Bréfritari: Ragnheiður Daníelsdóttir
Viðtakandi: Daníel Halldórsson
Dagsetning: A-1891-08-28
Skrifað á: Skeggjastöðum  N-Múl. ?
Ragnheiður var dóttir Daníels

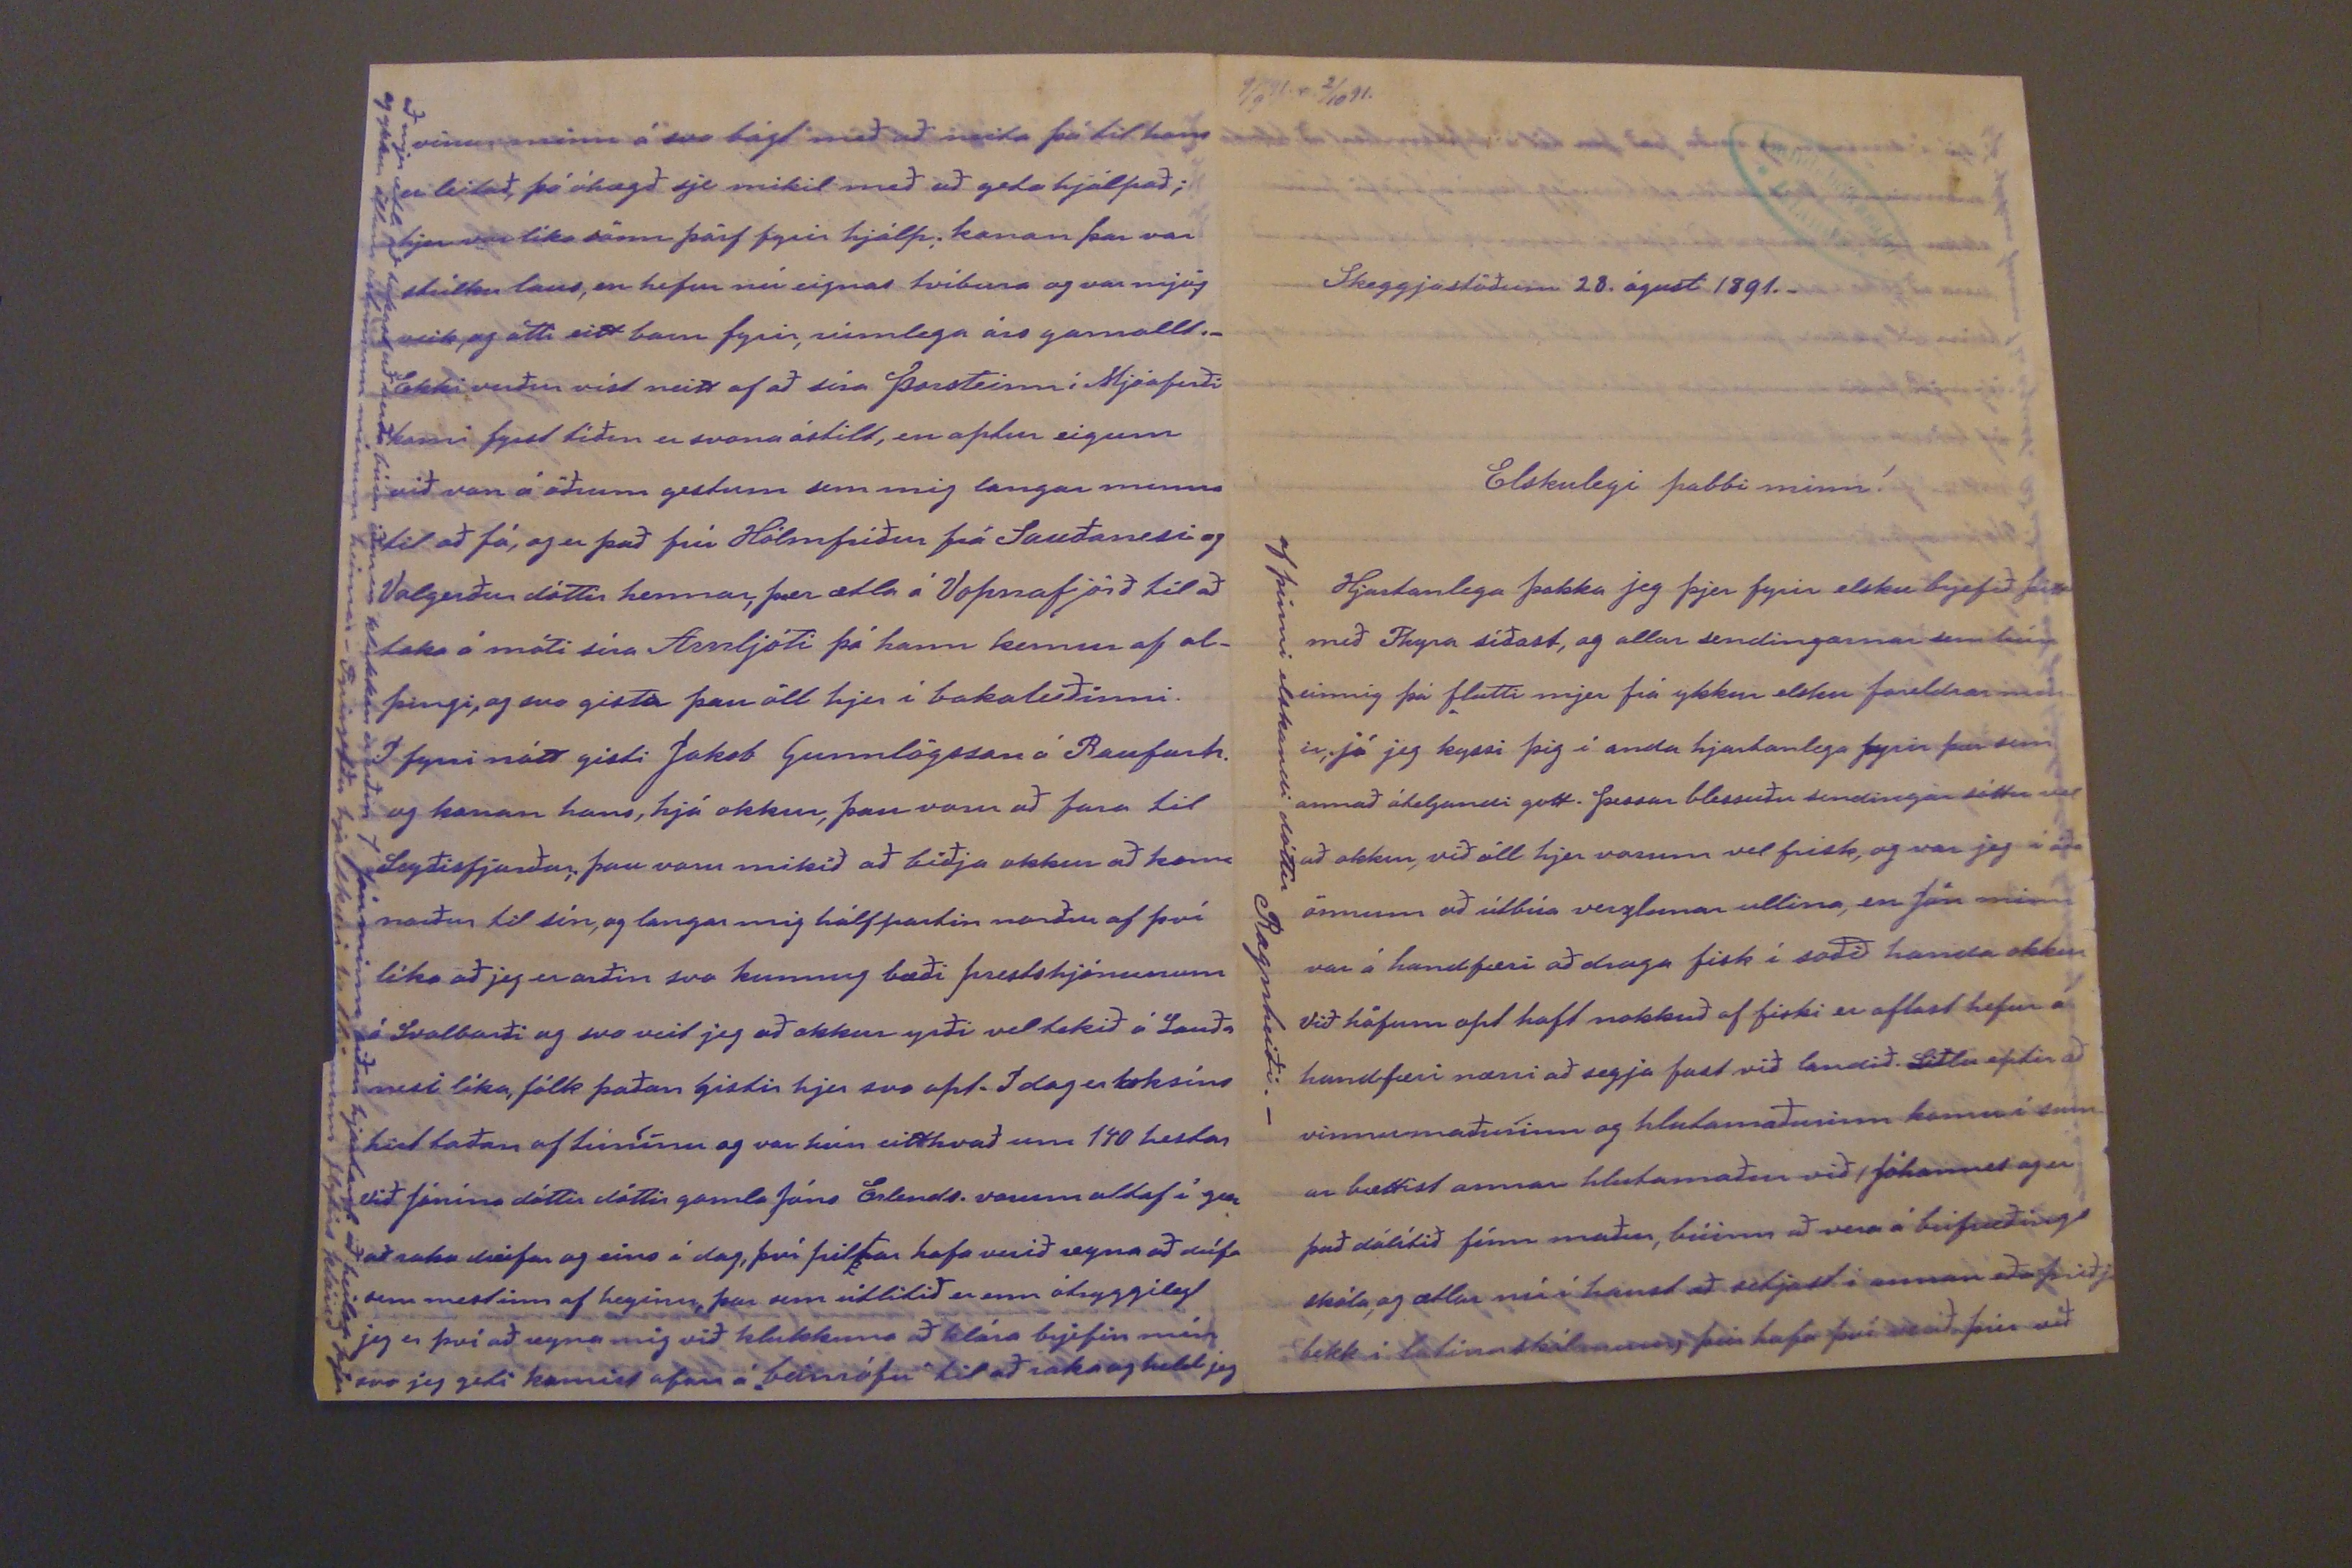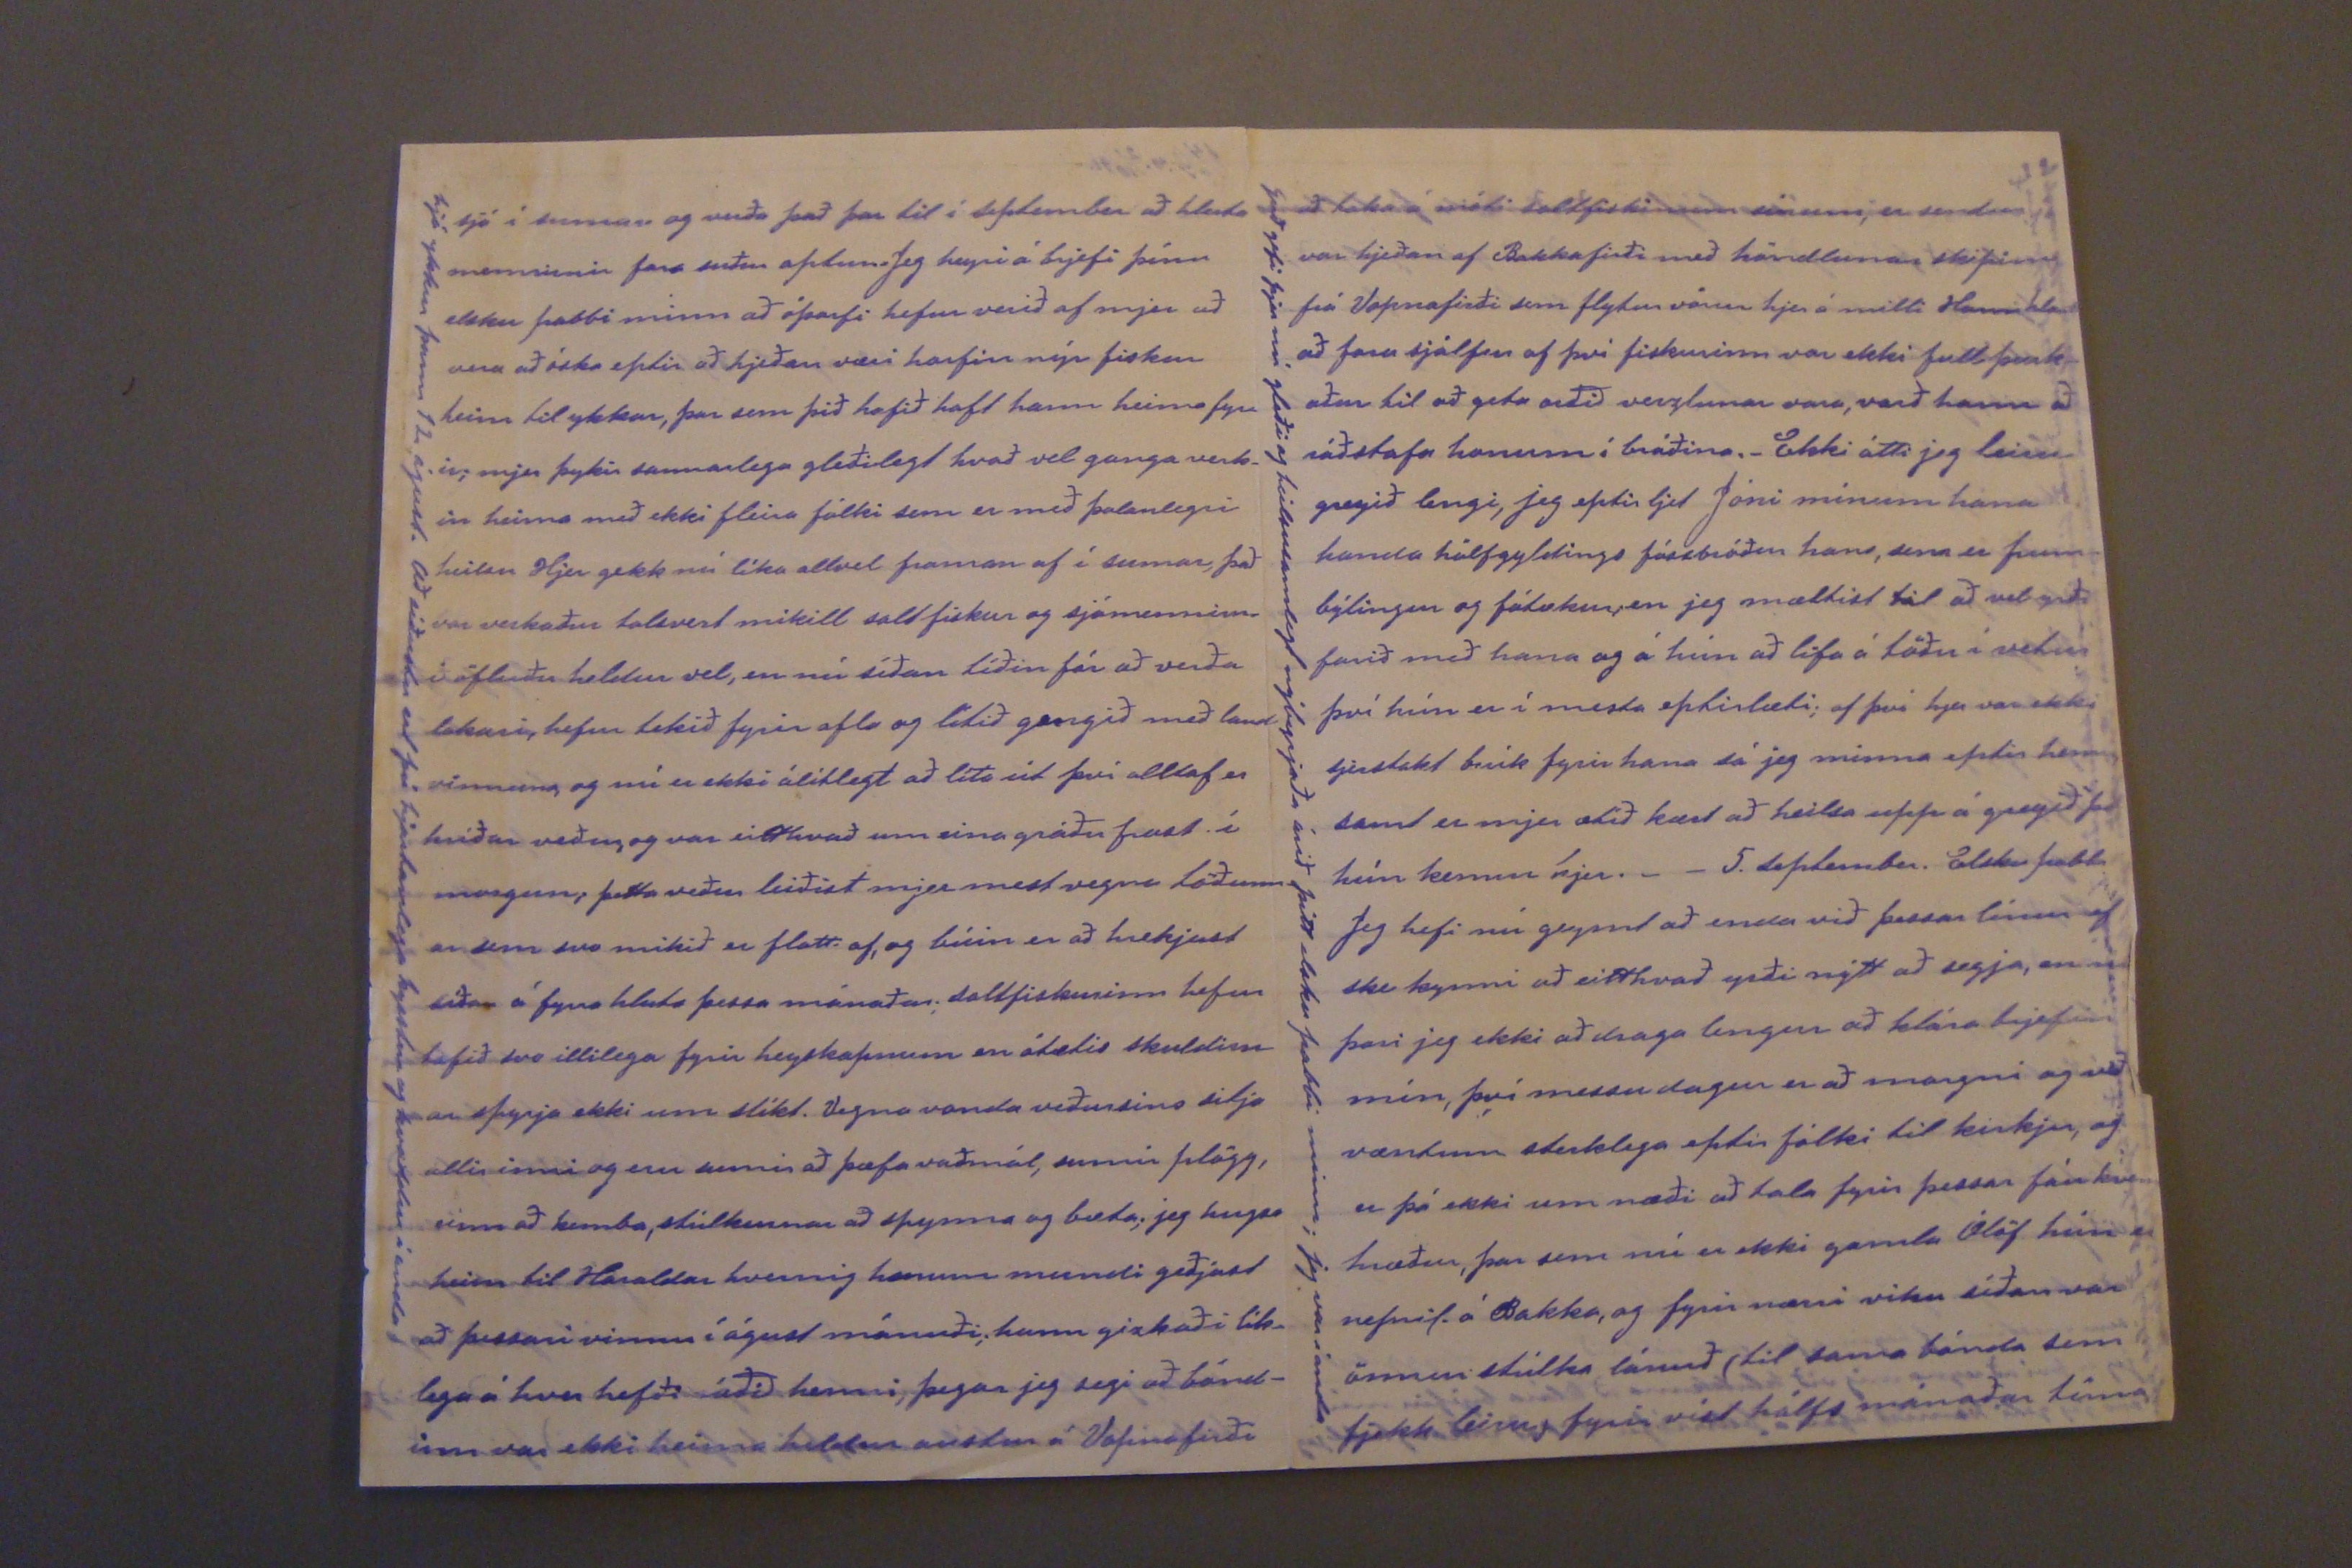

9/9 91. s. 2/10 91.
Skeggjastöðum 28. águst 1891._
Elskulegi pabbi minn!
Hjartanlega þakka jeg þjer fyrir elsku brjefið þitt með Thyru síðast, og allar sendingarnar sem hún einnig þá flutti mjer frá ykkur elsku foreldrar mín ir; já jeg kyssi þig í anda hjartanlega fyrir þær sem annað áteljandi gott. Þessar blessuðu sendingar sóttu vel að okkur, við öll hjer vorum vel frisk, og var jeg í óða önnum að útbúa verzlunar ullina, en Jón minn var á handfæri að draga fisk í soðið handa okkur Við höfum opt haft nokkuð af fiski er aflast hefur á handfæri nærri að segja fast við landið.
Siðlu
eptir að vinnumaðurinn og hlutamaðurinn kemur í sum- ar bættist annar hlutamaður við, Jóhannes og er það dálítið fínn maður, búinn að vera í búfræðings skóla, og ætlar nú í haust að setjast í annan eða þirðja bekk í latínuskólanum, þeir hafa því verið þeið við
af þinni elskandi dóttir Ragnheiði._
sjó í sumar og verða það þar til í september að hluta mennirnir fara suður aptur. Jeg heyri á brjefi þínu elsku pabbi minn að óþarfi hefur verið af mjer að vera að óska eptir að hjeðan væri horfin nýr fiskur heim til ykkar, þar sem þið hafið haft hann heima fyr= ir; mjer þykir sannarlega gleðilegt hvað vel ganga verk- in heima með ekki fleira fólki sem er með þolanlegri heilsu Hjer gekk nú líka allvel framan af í sumar, það var verkaður talsvert mikill saltfiskur og sjómennirn= ir öfluðu heldur vel, en nú síðan tíðin fór að verða lakari, hefur tekið fyrir afla og lítið gengið með land vinnuna, og nú er ekki álítlegt að líta út því alltaf er hríðar veður, og var eitthvað um eina gráðu frost í morgun; þetta veður leiðist mjer mest vegna töðunn ar sem svo mikið er flatt af, og búin er að hrekjast síðan á fyrra hluta þessa mánaðar; saltfiskurinn hefur tafið svo illilega fyrir heyskapnum en ótætis skuldirn ar spyrja ekki um slíkt. Vegna vonda veðursins sitja allir inni og eru sumir að þæfa vaðmál, sumir plögg, einn að kemba, stúlkurnar að spynna og bæta; jeg hugsa heim til Haraldar hvernig honum mundi geðjast að þessari vinnu í águst mánuði; hann gizkaði lík- lega á hver hefði ráðið henni, þegar jeg segi að bónd- inn var ekki heima heldur austur á Vopnafirði
hjá ykkur þann 12. ágúst. Að síðustu ert þú hjartanlega kysstur og kvaddur í anda
að taka á móti saltfiskinum sínum, er sendur var hjeðan af Bakkafirði með höndlurnar skipinu frá Vopnafirði sem flytur vörur hjer á milli Hann hlaut að fara sjálfur af því fiskurinn var ekki full þurk_ aður til að geta orðið verzlunar vara, varð hann að ráðstafa honum í bráðina._ Ekki átti jeg
leiru-
greyið lengi, jeg eptir ljet Jóni mínum hana handa hálfgyldings fóstbróður hans, sem er frum= býlingur og fátækur; en jeg mæltist til að vel yrði farið með hana og á hún að lifa á töðu í vetur því hún er í mesta eptirlæti; af því hjer var ekki sjerstakt brúk fyrir hana sá jeg minna eptir henni, samt er mjer ætíð kært að heilsa upp á greyið þá hún kemur hjer._ _ 5. september. Elsku pabbi Jeg hefi nú gleymt að enda við þessar línur ef ske kynni að eitthvað yrði nýtt að segja, en nú þori jeg ekki að draga lengur að klára brjefin mín, því messu dagur er að morgni og við væntum sterklega eptir fólki til kirkju, og er þá ekki um næði að tala fyrir þessar fáu kven hræður, þar sem nú er ekki gamla Ólöf hún er nefnil. á Bakka, og fyrir nærri viku síðan var önnur stúlka lánuð (til sama bónda sem fjekk leiru) fyrir víst hálfs mánaðar tíma
Guð gefi þjer nú gleði og heilsusamlegt nýbyrjaða árið þitt elsku pabbi minn; jeg var í anda
vinur minn á svo bágt með að neita þá til hans er leitað, þó ánægð sje mikil með að geta hjálpað; hjer var líka sönn þörf fyrir hjálp; konan þar var stúlku laus, en hefur nú eignas tvíbura og var mjög veik, og átti eitt barn fyrir, rúmlega árs gamallt._ Ekki verður víst neitt af að síra Þorsteinn í Mjóafirði komi fyrst tíðin er svona óstilt, en aptur eigum við von á öðrum gestum sem mig langar minna til að fá, og er það frú Hólmfríður frá Sauðanesi og Valgerður dóttir hennar, þær ætla á Vopnafjörð til að taka á móti síra Arnljóti þá hann kemur af al, þingi, og svo gista þau öll hjer í bakaleiðinni. Í fyrri nótt gisti Jakob Gunnlögsson á Raufarh. og konan hans, hjá okkur, þau voru að fara til Seyðisfjarðar; þau voru mikið að biðja okkur að koma norður til sín, og langar mig hálfpartin norður af því líka að jeg er orðin svo kunnug bæði prestshjónunum á Svalbarði og svo veit jeg að okkur yrði vel tekið á Sauða nesi líka, fólk þaðan gistir hjer svo opt. I dag er loksins hirt taðan af túninu og var hún eitthvað um 140 hestar Við Jónína dóttir gamla Jóns Erlends. vorum altaf í gær að raka
00eifar
og eins í dag, því piltar hafa verið að reyna að drífa sem mest inn af heyinu, þar sem útlitið er enn ótryggilegt jeg er því að reyna mig við klukkuna að klára brjefin mín svo jeg geti komist ofan á "beinrófu" til að raka o+g held jeg
að mjer ætla að takast að verða búin áður en klukkan er orðin 7. Jón minn biður hjartanl. að heilsa þjer og ykkur öllum ástvinum mínum heima._ Fyrirgefðu hjartkæri pabbi minn flýtirs klórið